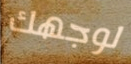
لوجهك